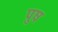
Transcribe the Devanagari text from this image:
पुष